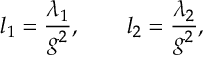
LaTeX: l _ { 1 } = { \frac { \lambda _ { 1 } } { g ^ { 2 } } } , \qquad l _ { 2 } = { \frac { \lambda _ { 2 } } { g ^ { 2 } } } ,